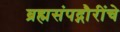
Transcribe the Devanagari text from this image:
ब्रह्मसंपद्गौरींचे